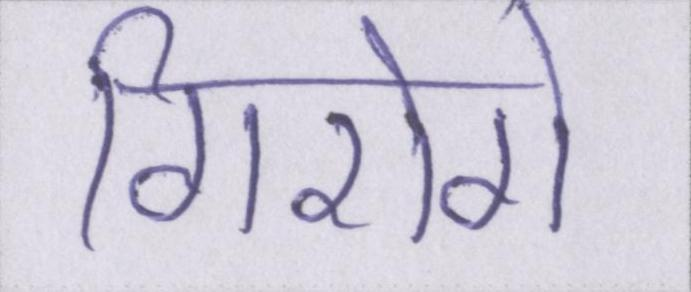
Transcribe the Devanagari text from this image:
गिरोगे